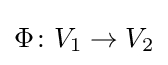
\Phi \colon V_{1}\to V_{2}